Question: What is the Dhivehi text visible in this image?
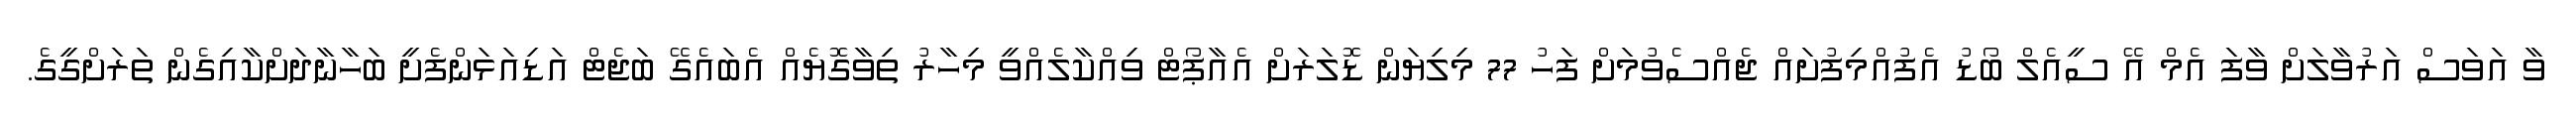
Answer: ވާ އަވަސް އަރުވާލަށް ވާފަ އެމް އޭ ސީއެލް ބޯޑު އެފުއްމިފުށައް ޖެއްސެވުމަށް ފަހު 77 މިލިޔަން ޑޮލަރަށް އެއާޕޯޓް ވިއްކާލެއްވީ މިހާރު ތިވާގޮޔެއް އެބައެގޭ ބަޖެޓް އަޑިއަޅަންފެށީ ބަހާނާދަށްކާއިގެން ތަރަށްގީގެ.